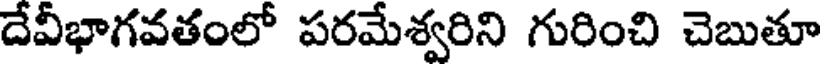
దేవీభాగవతంలో పరమేశ్వరిని గురించి చెబుతూ